Civil Veterinary Department ledger series I-VI
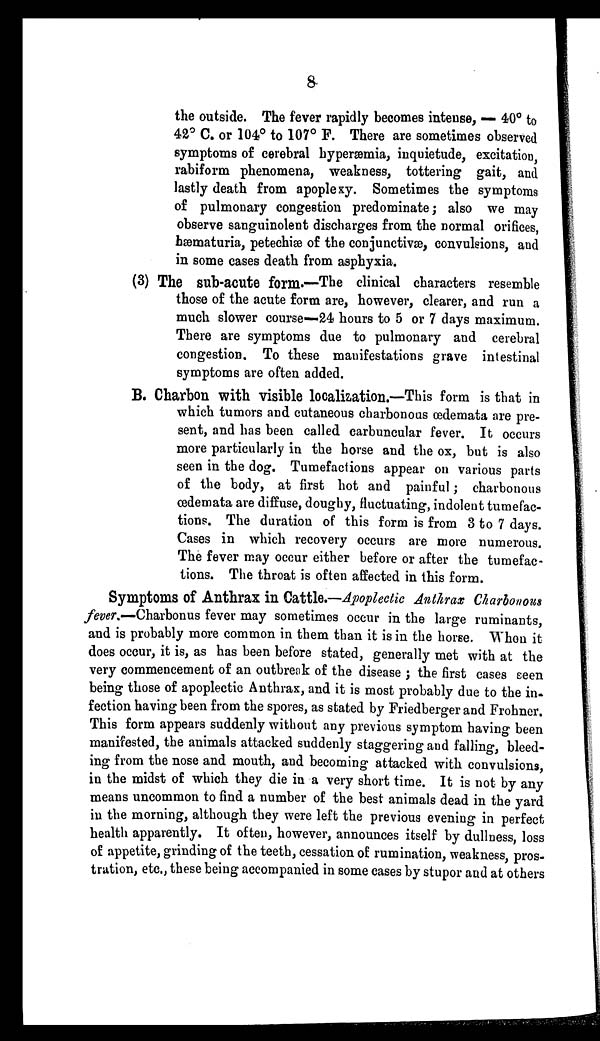
8
the outside. The fever rapidly becomes intense, — 40° to
42º C. or 104º to 107º F. There are sometimes observed
symptoms of cerebral hyperæmia, inquietude, excitation,
rabiform phenomena, weakness, tottering gait, and
lastly death from apoplexy. Sometimes the symptoms
of pulmonary congestion predominate; also we may
observe sanguinolent discharges from the normal orifices,
hæmaturia, petechiæ of the conjunctivæ, convulsions, and
in some cases death from asphyxia.
(3) The sub-acute form.—The clinical characters resemble
those of the acute form are, however, clearer, and run a
much slower course—24 hours to 5 or 7 days maximum.
There are symptoms due to pulmonary and cerebral
congestion. To these manifestations grave intestinal
symptoms are often added.
B. Charbon with visible localization.—This form is that in
which tumors and cutaneous charbonous oedemata are pre-
sent, and has been called carbuncular fever. It occurs
more particularly in the horse and the ox, but is also
seen in the dog. Tumefactions appear on various parts
of the body, at first hot and painful; charbonous
œdemata are diffuse, doughy, fluctuating, indolent tumefac-
tions. The duration of this form is from 3 to 7 days.
Cases in which recovery occurs are more numerous.
The fever may occur either before or after the tumefac-
tions. The throat is often affected in this form.
Symptoms of Anthrax in Cattle.—Apoplectic Anthrax Charbonous
fever.—Charbonus fever may sometimes occur in the large ruminants,
and is probably more common in them than it is in the horse. When it
does occur, it is, as has been before stated, generally met with at the
very commencement of an outbreak of the disease; the first cases seen
being those of apoplectic Anthrax, and it is most probably due to the in-
fection having been from the spores, as stated by Friedberger and Frohner.
This form appears suddenly without any previous symptom having been
manifested, the animals attacked suddenly staggering and falling, bleed-
ing from the nose and mouth, and becoming attacked with convulsions,
in the midst of which they die in a very short time. It is not by any
means uncommon to find a number of the best animals dead in the yard
in the morning, although they were left the previous evening in perfect
health apparently. It often, however, announces itself by dullness, loss
of appetite, grinding of the teeth, cessation of rumination, weakness, pros-
tration, etc., these being accompanied in some cases by stupor and at others